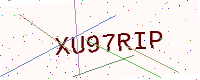
Text: XU97RIP